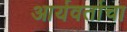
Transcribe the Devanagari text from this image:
आर्यवर्ताचा